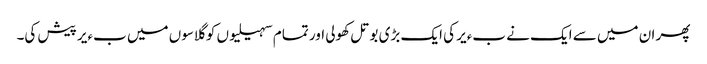
پھر ان میں سے ایک نے بءیر کی ایک بڑی بوتل کھولی اور تمام سہیلیوں کو گلاسوں میں بءیر پیش کی۔